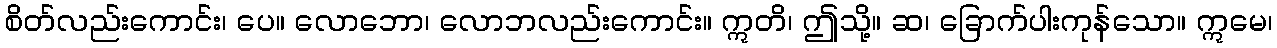
စိတ်လည်းကောင်း၊ ပေ။ လောဘော၊ လောဘလည်းကောင်း။ ဣတိ၊ ဤသို့။ ဆ၊ ခြောက်ပါးကုန်သော။ ဣမေ၊